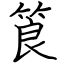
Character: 筤